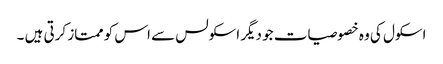
اسکول کی وہ خصوصیات جو دیگر اسکولس سے اس کو ممتاز کرتی ہیں ۔